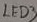
Text: LED3